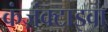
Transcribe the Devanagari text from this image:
कंज़ंक्टाइवा